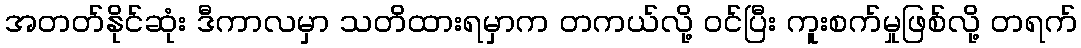
အတတ်နိုင်ဆုံး ဒီကာလမှာ သတိထားရမှာက တကယ်လို့ ဝင်ပြီး ကူးစက်မှုဖြစ်လို့ တရက်